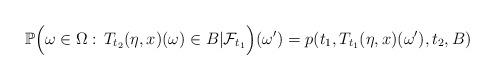
LaTeX: \begin{align*}\mathbb{P}\Big(\omega\in \Omega: \, T_{t_2}(\eta,x)(\omega)\in B|\mathcal{F}_{t_1}\Big)(\omega') = p(t_1,T_{t_1}(\eta,x)(\omega'),t_2,B)\end{align*}